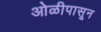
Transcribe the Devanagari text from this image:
ओळीपासून